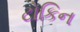
ટોકિન